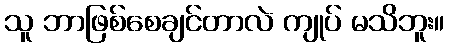
သူ ဘာဖြစ်စေချင်တာလဲ ကျုပ် မသိဘူး။